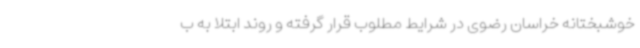
خوشبختانه خراسان رضوی در شرایط مطلوب قرار گرفته و روند ابتلا به ب